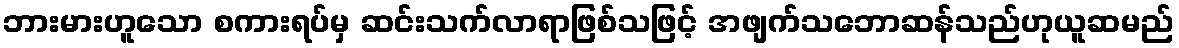
ဘားမားဟူသော စကားရပ်မှ ဆင်းသက်လာရာဖြစ်သဖြင့် အဖျက်သဘောဆန်သည်ဟုယူဆမည်